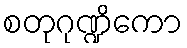
စတုဂုဏ္ဍိကော